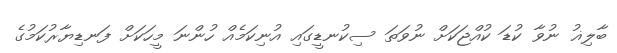
ބާލިޣު ނުވާ ކުޑަ ކުއްޖަކަށް ނުވަތަ ސިކުނޑީގައި އުނިކަމެއް ހުންނަ މީހަކަށް ފަނޑިޔާރުކަމުގެ